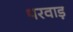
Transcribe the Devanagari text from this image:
थरवाड़